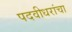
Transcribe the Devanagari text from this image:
पदवीधरांचा